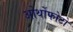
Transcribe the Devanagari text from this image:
ओर्थोफोटो